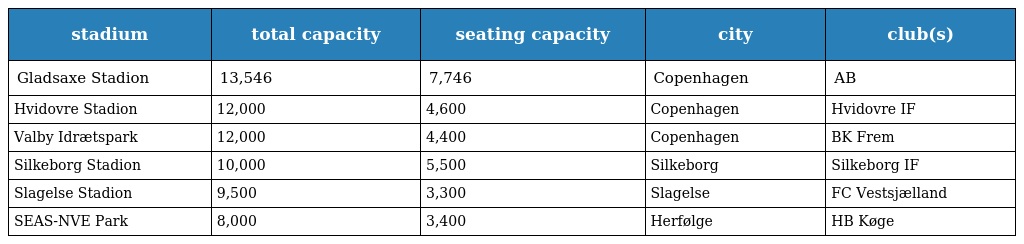
| stadium | total capacity | seating capacity | city | club(s) |
 | --- | --- | --- | --- | --- |
 | Gladsaxe Stadion | 13,546 | 7,746 | Copenhagen | AB |
 | Hvidovre Stadion | 12,000 | 4,600 | Copenhagen | Hvidovre IF |
 | Valby Idrætspark | 12,000 | 4,400 | Copenhagen | BK Frem |
 | Silkeborg Stadion | 10,000 | 5,500 | Silkeborg | Silkeborg IF |
 | Slagelse Stadion | 9,500 | 3,300 | Slagelse | FC Vestsjælland |
 | SEAS-NVE Park | 8,000 | 3,400 | Herfølge | HB Køge |